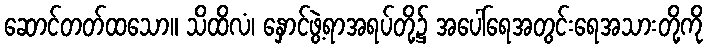
ဆောင်တတ်ထသော။ သိထိလံ၊ နှောင်ဖွဲ့ရာအရပ်တို့၌ အပေါ်ရေအတွင်းရေအသားတို့ကို